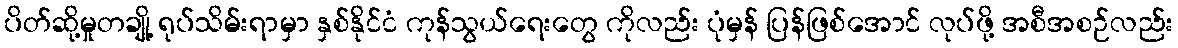
ပိတ်ဆို့မှုတချို့ ရုပ်သိမ်းရာမှာ နှစ်နိုင်ငံ ကုန်သွယ်ရေးတွေ ကိုလည်း ပုံမှန် ပြန်ဖြစ်အောင် လုပ်ဖို့ အစီအစဉ်လည်း